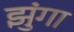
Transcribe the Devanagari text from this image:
झुंगा